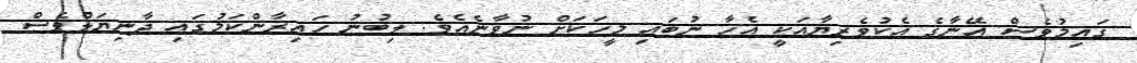
ގައިމުވެސް އޭނާގެ އެކުވެރިޔާއަކީ އެހާ ނުބައި މީހަކަށް ނުވާނެއެވެ. ލިބުނު ހައިރާންކަމުގައި ދާނިޔަލްވެސް